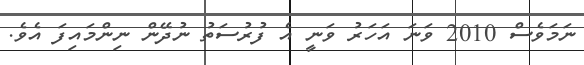
ނަމަވެސް 2010 ވަނަ އަހަރު ވަނީ އެ ފުރުސަތު ނުދޭން ނިންމައިފަ އެވެ.